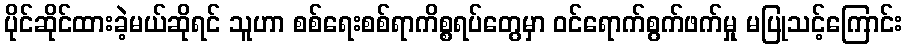
ပိုင်ဆိုင်ထားခဲ့မယ်ဆိုရင် သူဟာ စစ်ရေးစစ်ရာကိစ္စရပ်တွေမှာ ဝင်ရောက်စွက်ဖက်မှု မပြုသင့်ကြောင်း